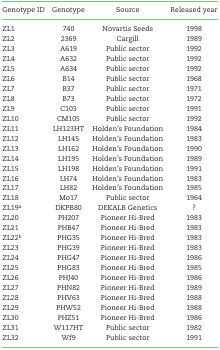
| Genotype ID | Genotype | Source | Released year |
 | --- | --- | --- | --- |
 | ZL1 | 740 | Novartis Seeds | 1998 |
 | ZL2 | 2369 | Cargill | 1989 |
 | ZL3 | A619 | Public sector | 1992 |
 | ZL4 | A632 | Public sector | 1992 |
 | ZL5 | A634 | Public sector | 1992 |
 | ZL6 | B14 | Public sector | 1968 |
 | ZL7 | B37 | Public sector | 1971 |
 | ZL8 | B73 | Public sector | 1972 |
 | ZL9 | C103 | Public sector | 1991 |
 | ZL10 | CM105 | Public sector | 1992 |
 | ZL11 | LH123HT | Holden’s Foundation | 1984 |
 | ZL12 | LH145 | Holden’s Foundation | 1983 |
 | ZL13 | LH162 | Holden’s Foundation | 1990 |
 | ZL14 | LH195 | Holden’s Foundation | 1989 |
 | ZL15 | LH198 | Holden’s Foundation | 1991 |
 | ZL16 | LH74 | Holden’s Foundation | 1983 |
 | ZL17 | LH82 | Holden’s Foundation | 1985 |
 | ZL18 | Mo17 | Public sector | 1964 |
 | ZL19a | DKPB80 | DEKALB Genetics | ? |
 | ZL20 | PH207 | Pioneer Hi-Bred | 1983 |
 | ZL21 | PHB47 | Pioneer Hi-Bred | 1983 |
 | ZL22b | PHG35 | Pioneer Hi-Bred | 1983 |
 | ZL23 | PHG39 | Pioneer Hi-Bred | 1983 |
 | ZL24 | PHG47 | Pioneer Hi-Bred | 1986 |
 | ZL25 | PHG83 | Pioneer Hi-Bred | 1985 |
 | ZL26 | PHJ40 | Pioneer Hi-Bred | 1986 |
 | ZL27 | PHN82 | Pioneer Hi-Bred | 1989 |
 | ZL28 | PHV63 | Pioneer Hi-Bred | 1988 |
 | ZL29 | PHW52 | Pioneer Hi-Bred | 1988 |
 | ZL30 | PHZ51 | Pioneer Hi-Bred | 1986 |
 | ZL31 | W117HT | Public sector | 1982 |
 | ZL32 | Wf9 | Public sector | 1991 |